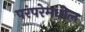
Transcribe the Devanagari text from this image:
परंपरेमधील